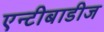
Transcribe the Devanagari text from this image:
एन्टीबाडीज